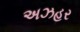
અઝહર